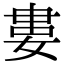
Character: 婁